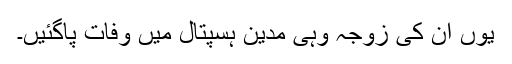
یوں ان کی زوجہ وہی مدین ہسپتال میں وفات پاگئیں۔